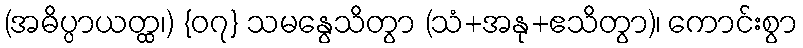
(အဓိပ္ပာယတ္ထ၊) {၀၇} သမနွေသိတွာ (သံ+အနု+ဧသိတွာ)၊ ကောင်းစွာ